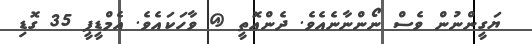
ޔަގީންނުން ވެސް ނޯންނާނެއެވެ. ދެންއޮތީ @ ވާހަކައެވެ. އެމްޑީޕީ 35 ގޮޑި